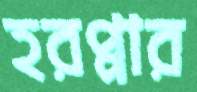
হরপ্পার